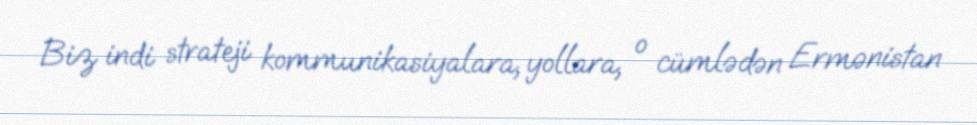
Biz indi strateji kommunikasiyalara, yollara, o cümlədən Ermənistan